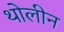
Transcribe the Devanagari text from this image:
थोलीन